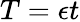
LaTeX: T=\epsilon t